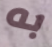
به